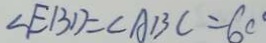
\angle E B D = \angle A B C = 6 0 ^ { \circ }